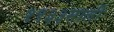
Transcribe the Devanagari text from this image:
१९३३साली